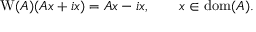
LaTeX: \operatorname { W } ( A ) ( A x + i x ) = A x - i x , \qquad x \in \operatorname { d o m } ( A ) .